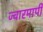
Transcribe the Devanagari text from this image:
ज्वारमापी